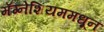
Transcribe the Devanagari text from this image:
मॅग्नेशियममधून